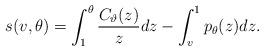
LaTeX: \begin{align*}s(v,\theta)=\int_1^\theta \frac{C_\vartheta(z)}{z}dz-\int_v^1 p_\theta(z)dz.\end{align*}